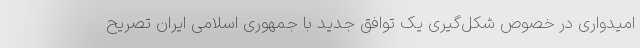
امیدواری در خصوص شکل‌گیری یک توافق جدید با جمهوری اسلامی ایران تصریح